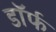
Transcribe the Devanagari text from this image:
डॉर्फ